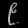
Digit: ၉